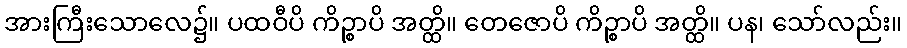
အားကြီးသောလေ၌။ ပထဝီပိ ကိဉ္စာပိ အတ္ထိ။ တေဇောပိ ကိဉ္စာပိ အတ္ထိ။ ပန၊ သော်လည်း။